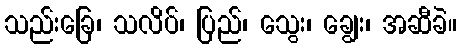
သည်းခြေ၊ သလိပ်၊ ပြည်၊ သွေး၊ ချွေး၊ အဆီခဲ။